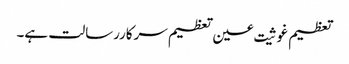
تعظیم غوثیت عین تعظیم سرکاررسالت ہے۔